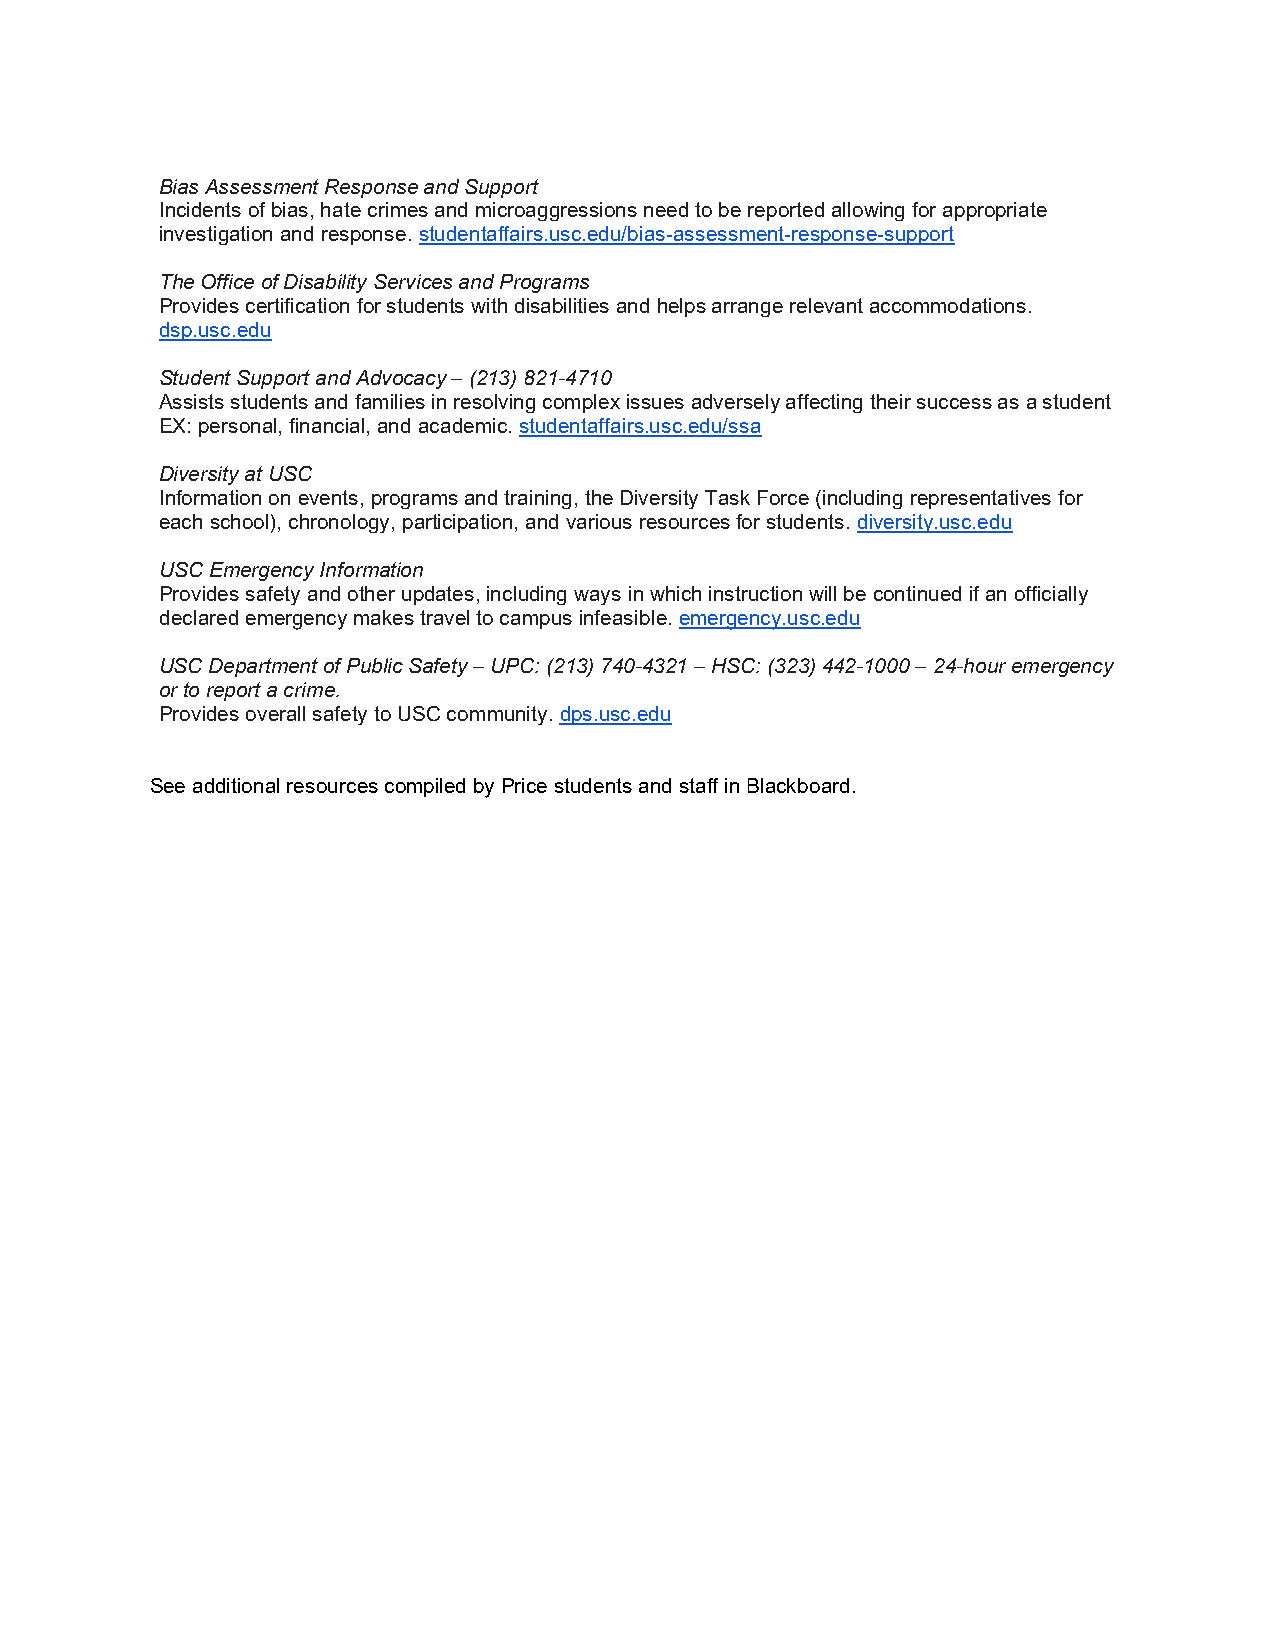
Bias Assessment Response and Support
 Incidents of bias, hate crimes and microaggressions need to be reported allowing for appropriate
 investigation and response. studentaffairs.usc.edu/bias-assessment-response-support
 The Office of Disability Services and Programs
 Provides certification for students with disabilities and helps arrange relevant accommodations.
 dsp.usc.edu
 Student Support and Advocacy – (213) 821-4710
 Assists students and families in resolving complex issues adversely affecting their success as a student
 EX: personal, financial, and academic. studentaffairs.usc.edu/ssa
 Diversity at USC
 Information on events, programs and training, the Diversity Task Force (including representatives for
 each school), chronology, participation, and various resources for students. diversity.usc.edu
 USC Emergency Information
 Provides safety and other updates, including ways in which instruction will be continued if an officially
 declared emergency makes travel to campus infeasible. emergency.usc.edu
 USC Department of Public Safety – UPC: (213) 740-4321 – HSC: (323) 442-1000 – 24-hour emergency
 or to report a crime.
 Provides overall safety to USC community. dps.usc.edu
 See additional resources compiled by Price students and staff in Blackboard.